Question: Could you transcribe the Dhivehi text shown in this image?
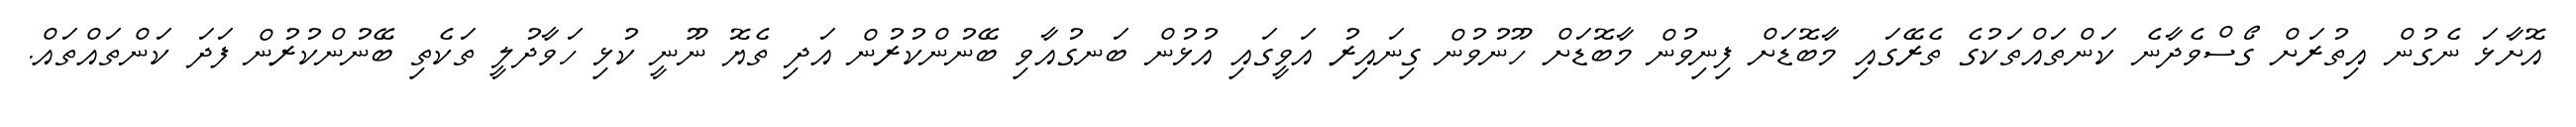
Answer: އޮށާޅަ ނެގުން އިތުރަށް ގޯސްވެދާނެ ކަންތައްތަކުގެ ތެރޭގައި މާބޮޑަށް ފިނިވުން މާބޮޑަށް ހޫނުވުން ގިނައިރު އަވީގައި އުޅުން ބަނގުއާވި ބޭނުންކުރުން އަދި ތެޔޮ ނޫނީ ކުޅި ހަވާދުލީ ތަކެތި ބޭނުންކުރުން ފަދަ ކަންތައްތައް.